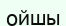
ойшы